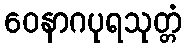
ဝေနာဂပုရသုတ္တံ